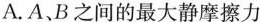
A.A、B之间的最大静摩擦力